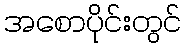
အစောပိုင်းတွင်